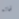
لحاله